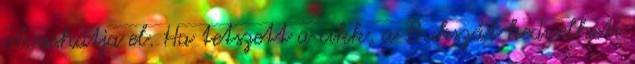
olvashatja el. Ha tetszett a cikk, a Bukszát kedvelheti